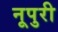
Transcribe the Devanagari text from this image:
नूपुरी